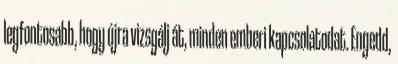
legfontosabb, hogy újra vizsgálj át, minden emberi kapcsolatodat. Engedd,